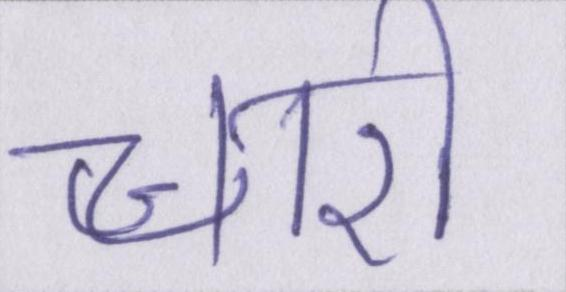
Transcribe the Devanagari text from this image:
चारो